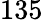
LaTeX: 135